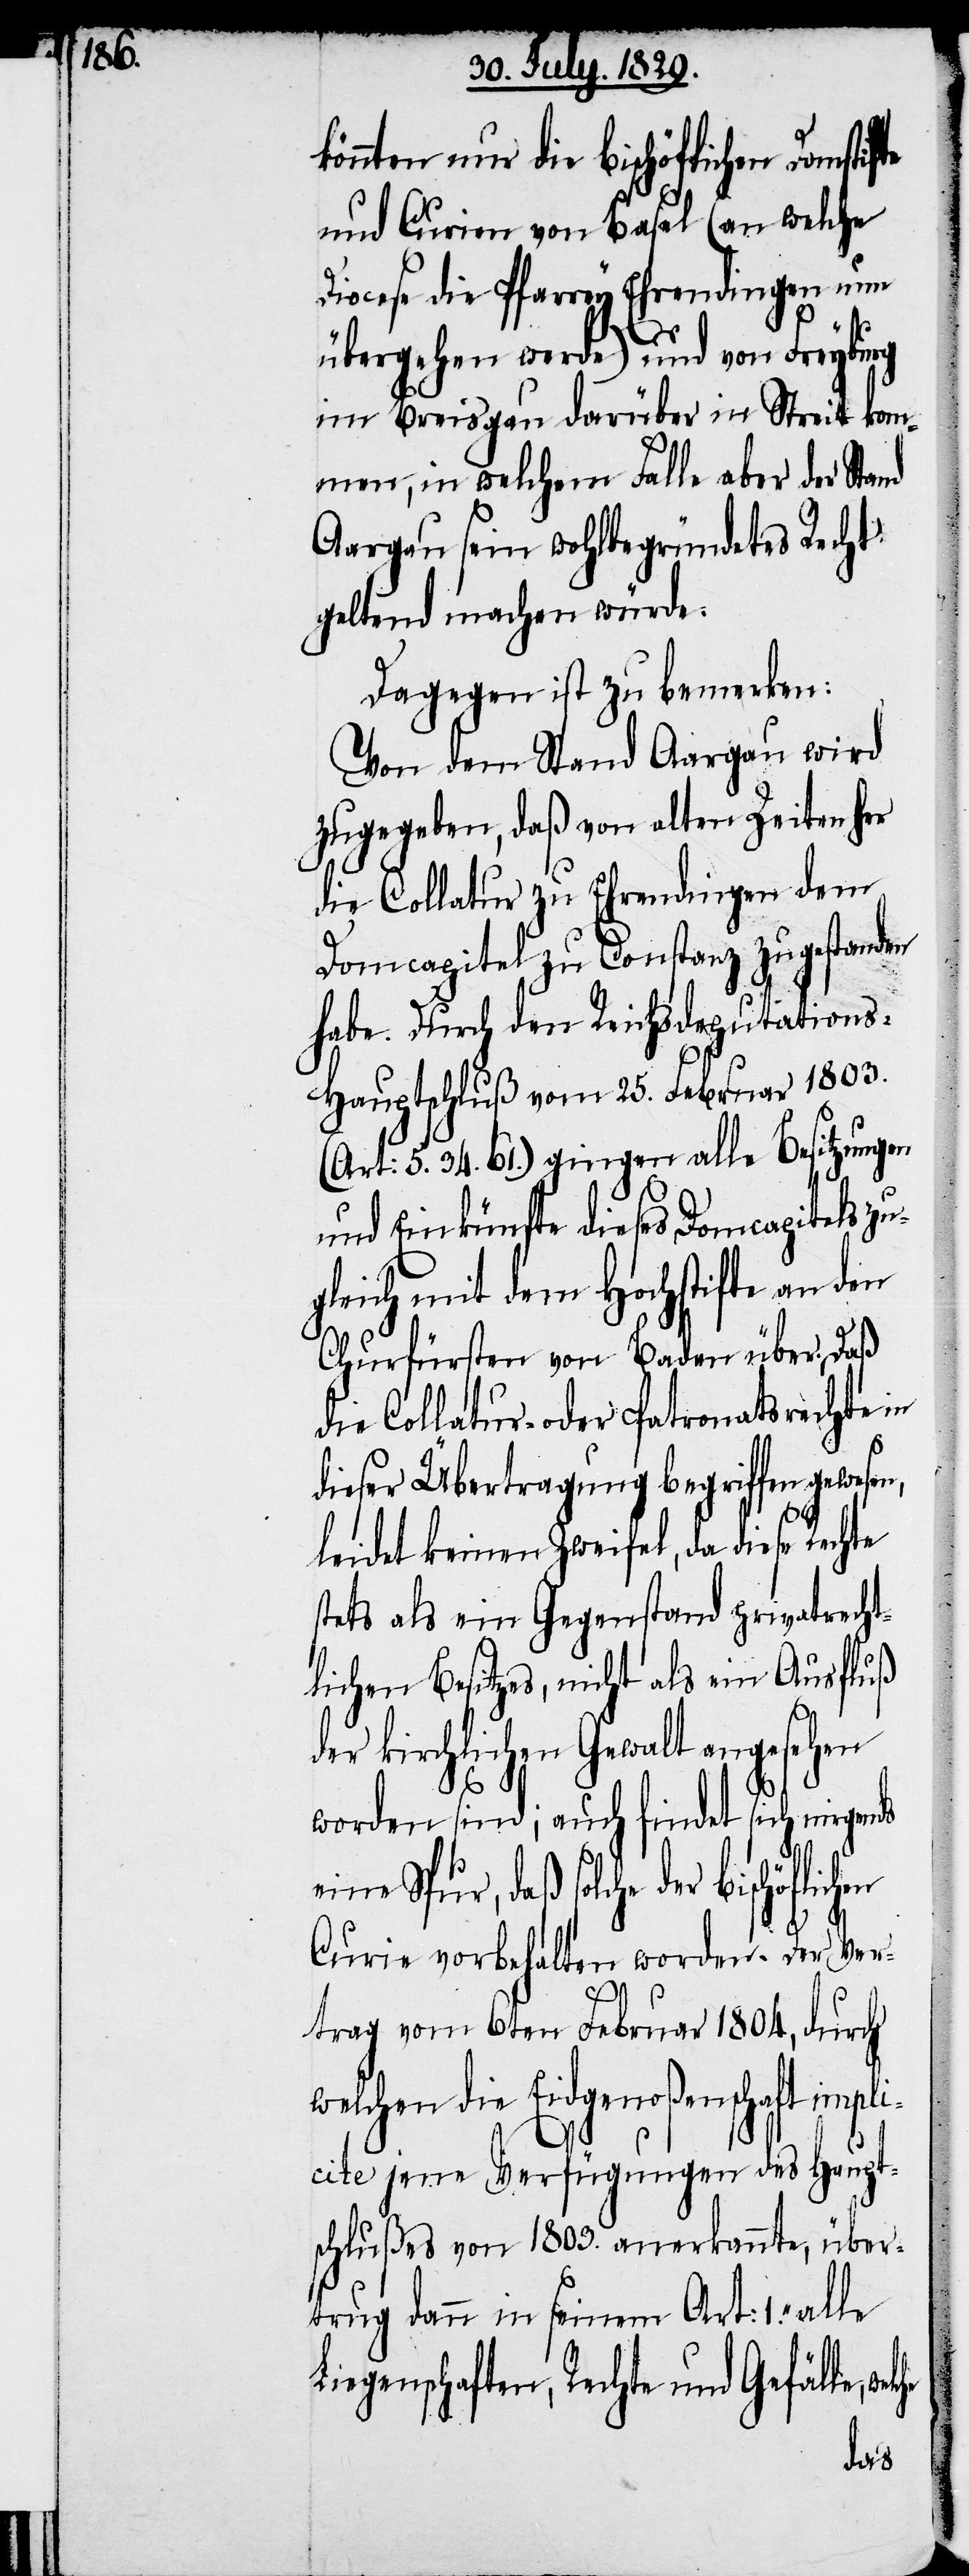
könnten nur die bischöflichen Domstif¬
und Curien von Basel (an welche
Diocese die Pfarrey Ehrendingen nun
übergehen werde) und von Freyburg
im Breisgau darüber in Streit kom¬
men, in welchem Falle aber der Stand
Aargau sein wohlbegründetes Recht
geltend machen würde.
Dagegen ist zu bemerken:
Von dem Stand Aargau wird
zugegeben, daß von alten Zeiten her
die Collatur zu Ehrendingen dem
Domcapitel zu Constanz zugestanden
habe. Durch den Reichsdeputation¬
s-Hauptschluß vom 25. Februar 1803.
(Art: 5. 34. 61.) gingen alle Besitzungen
und Einkünfte dieses Domcapitels zu¬
gleich mit dem Hochstifte an den
Churfürsten von Baden über. Daß
die Collatur- oder Patronatsrecht in
dieser Übertragung begriffen gewesen,
leidet keinen Zweifel, da diese Rechte
stets als ein Gegenstand privatrecht¬
lichen Besitzes, nicht als ein Ausfluß
der kirchlichen Gewalt angesehen
worden sind; auch findet sich nirgends
eine Spur, daß solche
Curie vorbehalten worden. Der Ver¬
trag vom 6ten Februar 1804, durch
welchen die Eidgenoßenschaft impl¬
icite jene Verfügungen des Haupt¬
schlußes von 1803. anerkannte, über¬
trug dann in seinem Art: 1. „alle
Liegenschaften, Rechte und Gefälle,
te